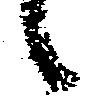
候